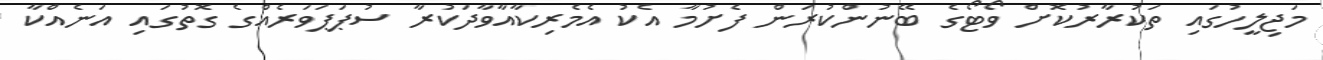
މަޖިލީހުގައި ތަކުރާރުކޮށް ވޯޓޯގެ ބޭނުންކުރަން ފެށުމާ އެކު އެމެރިކާއާވާދަކުރާ ސުޕަޕަވަރެއްގެ ގޮތުގައި އަނެއްކާ